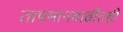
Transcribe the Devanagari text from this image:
तापमानवाढीतही